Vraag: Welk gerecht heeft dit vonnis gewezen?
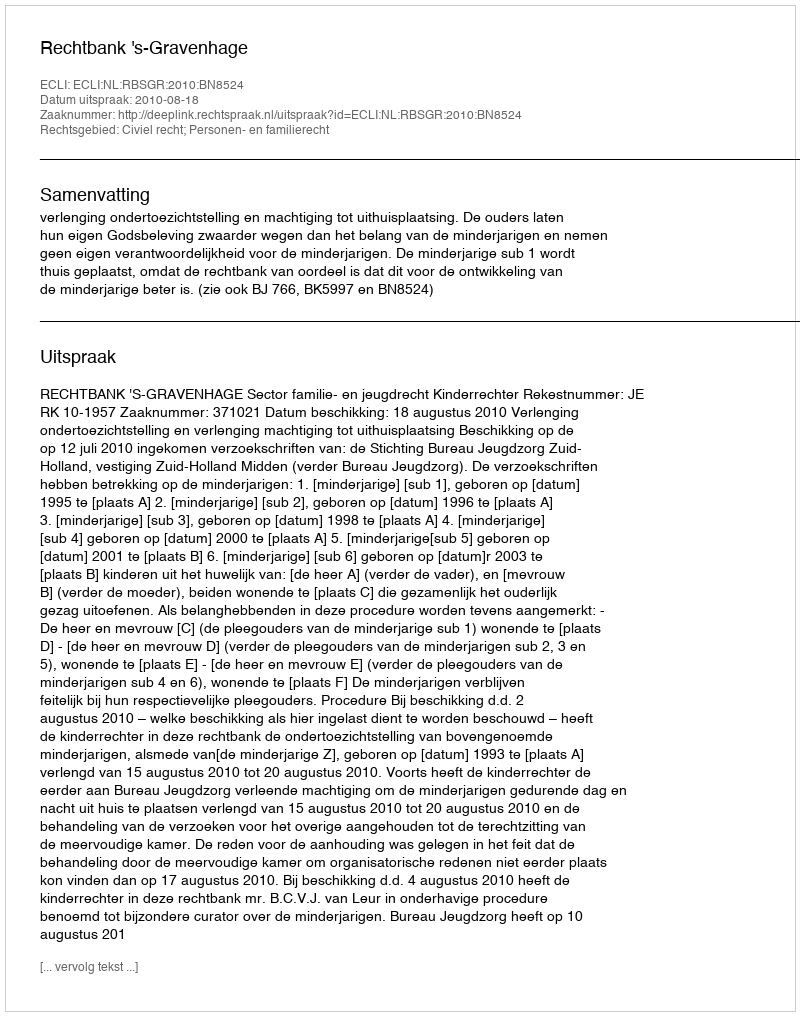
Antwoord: Rechtbank 's-Gravenhage